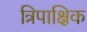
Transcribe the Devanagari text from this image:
त्रिपाक्षिक